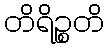
တိရိဉ္စတိ